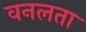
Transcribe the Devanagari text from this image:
वनलता